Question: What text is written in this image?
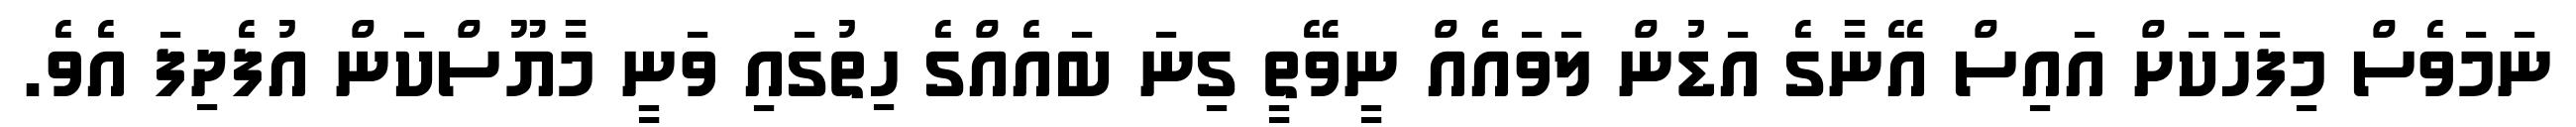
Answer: ނަމަވެސް މިފަހަކަށް އައިސް އޭނާގެ އަޑުން ލަވައެއް ނީވޭތީ ގިނަ ބައެއްގެ ހިތުގައި ވަނީ މާޔޫސްކަން އުފެދިފަ އެވެ.